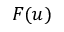
F ( u )